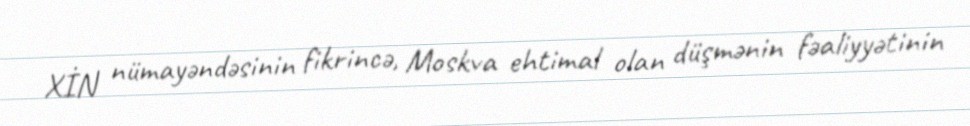
XİN nümayəndəsinin fikrincə, Moskva ehtimal olan düşmənin fəaliyyətinin